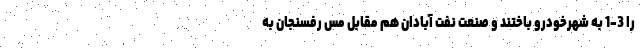
را 3-1 به شهرخودرو باختند و صنعت نفت آبادان هم مقابل مس رفسنجان به